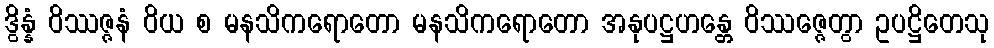
ဒွိန္နံ ဝိဿဇ္ဇနံ ဝိယ စ မနသိကရောတော မနသိကရောတော အနုပဋ္ဌဟန္တေ ဝိဿဇ္ဇေတွာ ဥပဋ္ဌိတေသု